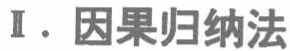
I. 因果归纳法